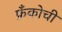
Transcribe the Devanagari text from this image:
फ्रँकोची